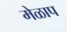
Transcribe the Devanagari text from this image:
मेळाप